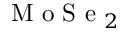
\mathrm { ~ M ~ o ~ S ~ e ~ } _ { 2 }